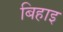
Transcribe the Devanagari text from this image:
बिहाइ